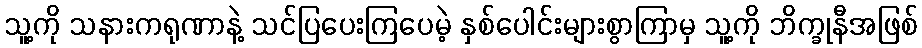
သူ့ကို သနားကရုဏာနဲ့ သင်ပြပေးကြပေမဲ့ နှစ်ပေါင်းများစွာကြာမှ သူ့ကို ဘိက္ခုနီအဖြစ်